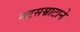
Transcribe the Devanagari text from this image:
नटसम्राटाने